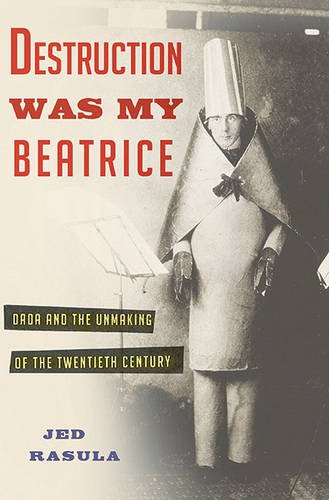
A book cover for Destruction Was My Beatrice: Dada and the Unmaking of the Twentieth Century; Jed Rasula; Biographies & Memoirs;